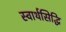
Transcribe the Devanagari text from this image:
स्वार्थसिद्धि